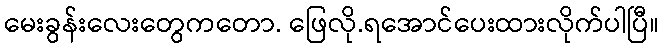
မေးခွန်းလေးတွေကတော. ဖြေလို.ရအောင်ပေးထားလိုက်ပါပြီ။